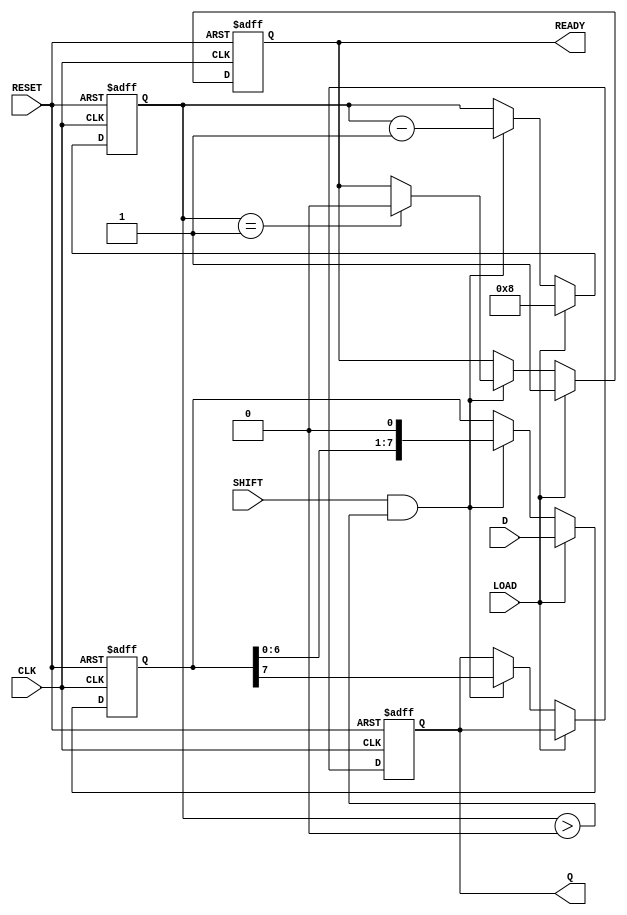
module PISO_Register #(parameter n = 8) (
    input wire [n-1:0] D,      // Parallel data input
    input wire LOAD,           // Load control signal
    input wire SHIFT,          // Shift control signal
    input wire CLK,            // Clock signal
    input wire RESET,          // Reset signal (optional)
    output reg Q,              // Serial output
    output reg READY           // Data ready signal
);

    reg [n-1:0] shift_reg;     // Internal shift register
    reg [3:0] count;           // Counter to track number of shifts

    always @(posedge CLK or posedge RESET) begin
        if (RESET) begin
            shift_reg <= 0;     // Clear the shift register
            Q <= 0;             // Clear the output
            count <= 0;         // Reset the counter
            READY <= 0;         // Clear the READY signal
        end else begin
            if (LOAD) begin
                shift_reg <= D;  // Load data into the shift register
                count <= n;      // Set the counter to the number of bits
                READY <= 1;      // Indicate data is ready to shift out
            end else if (SHIFT && count > 0) begin
                Q <= shift_reg[n-1]; // Output the MSB
                shift_reg <= {shift_reg[n-2:0], 1'b0}; // Shift right
                count <= count - 1; // Decrement the counter
                if (count == 1) begin
                    READY <= 0; // Clear READY when all bits have been shifted out
                end
            end
        end
    end
endmodule